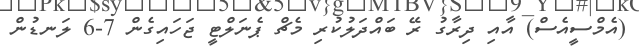
(އެމްސީއެސް) އާއި ދިރާގު ރޭ ބައްދަލުކުރި މެޗް ޕެނަލްޓީ ޖަހައިގެން 7-6 ލަނޑުން